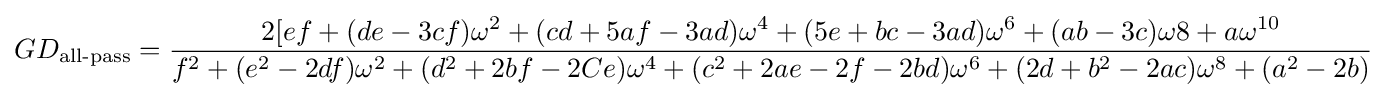
GD_{\text{all-pass}}={\frac {2[ef+(de-3cf)\omega ^{2}+(cd+5af-3ad)\omega ^{4}+(5e+bc-3ad)\omega ^{6}+(ab-3c)\omega 8+a\omega ^{10}}{f^{2}+(e^{2}-2df)\omega ^{2}+(d^{2}+2bf-2Ce)\omega ^{4}+(c^{2}+2ae-2f-2bd)\omega ^{6}+(2d+b^{2}-2ac)\omega ^{8}+(a^{2}-2b)}}